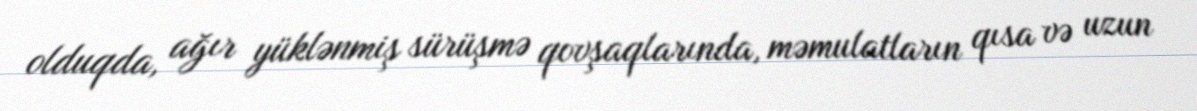
olduqda, ağır yüklənmiş sürüşmə qovşaqlarında, məmulatların qısa və uzun